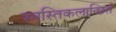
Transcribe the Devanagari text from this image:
स्वस्तिकलान्छितं